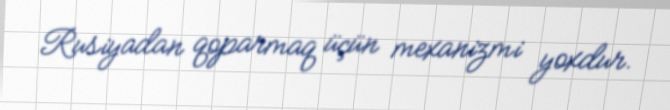
Rusiyadan qoparmaq üçün mexanizmi yoxdur.